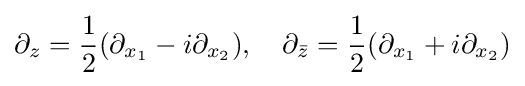
\partial _{z}={\frac {1}{2}}(\partial _{x_{1}}-i\partial _{x_{2}}),\quad \partial _{\bar {z}}={\frac {1}{2}}(\partial _{x_{1}}+i\partial _{x_{2}})